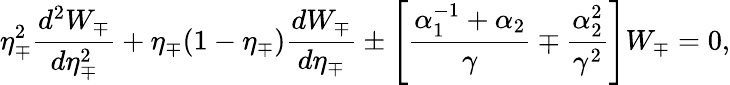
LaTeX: \eta_{\mp}^{2}\frac{d^{2}W_{\mp}}{d\eta_{\mp}^{2}}+\eta_{\mp}(1-\eta_{\mp})\frac{dW_{\mp}}{d\eta_{\mp}}\pm\left[\frac{\alpha_{1}^{-1}+\alpha_{2}}{\gamma}\mp\frac{\alpha_{2}^{2}}{\gamma^{2}}\right]W_{\mp}=0,